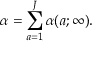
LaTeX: \alpha = \sum _ { a = 1 } ^ { J } \alpha ( a ; \infty ) .